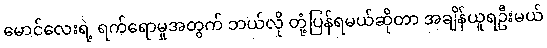
မောင်လေးရဲ့ ရက်ရောမှုအတွက် ဘယ်လို တုံ့ပြန်ရမယ်ဆိုတာ အချိန်ယူရဦးမယ်